画像に写った文字を読んでください
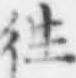
「徃」と書いてあります